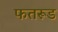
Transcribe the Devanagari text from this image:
फतरूड